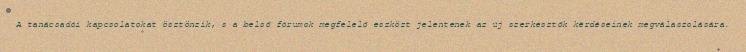
A tanácsadói kapcsolatokat ösztönzik, s a belső fórumok megfelelő eszközt jelentenek az új szerkesztők kérdéseinek megválaszolására.